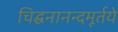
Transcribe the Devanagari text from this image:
चिद्घनानन्दमूर्तये